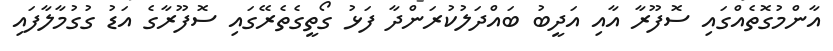
އާންމުގޮތެއްގައި ސޮފޫރާ އާއި އަދީބު ބައްދަލުކުރަންދާ ފަޅު ގޯތީގެތެރޭގައި ސޮފޫރާގެ އަޑު ގުގުމާލާފައި